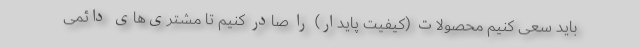
باید سعی کنیم محصولات (کیفیت پایدار) را صادر کنیم تا مشتری‌های دائمی